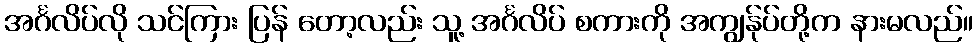
အင်္ဂလိပ်လို သင်ကြား ပြန် တော့လည်း သူ့ အင်္ဂလိပ် စကားကို အကျွန်ုပ်တို့က နားမလည်။